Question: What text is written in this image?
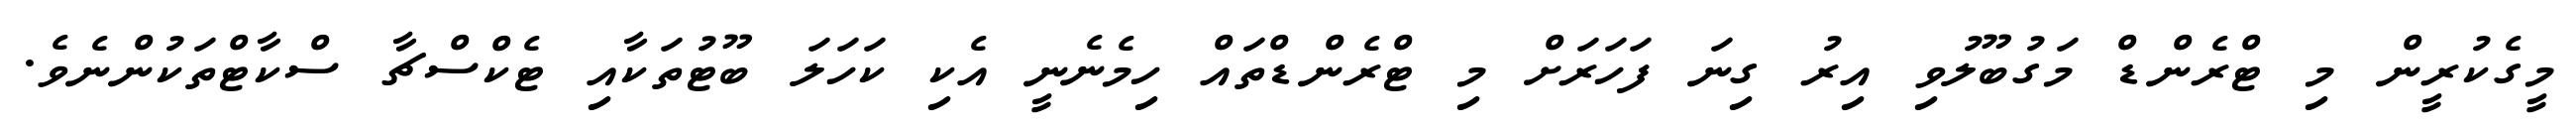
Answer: މީގެކުރީން މި ޓްރެންޑް މަގުބޫލުވި އިރު ގިނަ ފަހަރަށް މި ޓްރެންޑްތައް ހިމެނެނީ އެކި ކަހަލަ ބޫޓުތަކާއި ޓެކްސްޗާ ސްކާޓްތަކުންނެވެ.